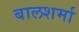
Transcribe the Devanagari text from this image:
बालशर्मा